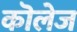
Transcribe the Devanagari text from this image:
कॊलेज